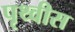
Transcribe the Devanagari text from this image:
पृथ्वीस